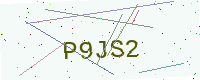
Text: P9JS2